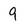
Character: 9